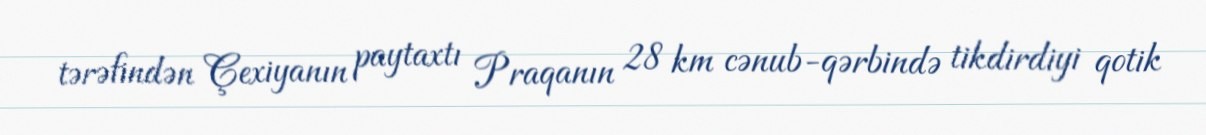
tərəfindən Çexiyanın paytaxtı Praqanın 28 km cənub-qərbində tikdirdiyi qotik